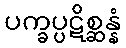
ပက္ခပ္ပဋိစ္ဆန္နံ